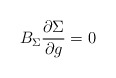
\begin{align*}B_\Sigma \frac{\partial \Sigma }{\partial g}=0 \end{align*}